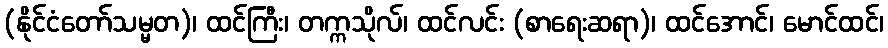
(နိုင်ငံတော်သမ္မတ)၊ ထင်ကြီး၊ တက္ကသိုလ်၊ ထင်လင်း (စာရေးဆရာ)၊ ထင်အောင်၊ မောင်ထင်၊